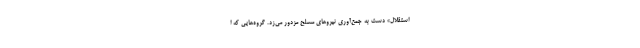
استقلال» دست به جمع‌آوری نیروهای مسلح مزدور می‌زد. گروه‌هایی که ا